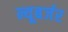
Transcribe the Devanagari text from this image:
न्यूबर्जर